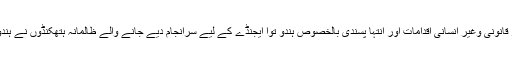
آر ایس ایس اور بی جے پی کے اتحاد اور غیر قانونی وغیر انسانی اقدامات اور انتہا پسندی بالخصوص ہندو توا ایجنڈے کے لیے سرانجام دیے جانے والے ظالمانہ ہتھکنڈوں نے ہندوستان کودنیا کے سامنے بے نقاب کر دیا ہے۔